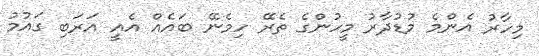
މިހާރު އެންމެ މުޑުދާރު މީހުންގެ ތެރޭ ހިމެނޭ ބައެއް އެއީ އަރަބި ގައުމު